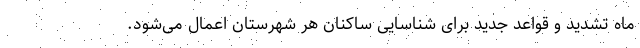
ماه تشدید و قواعد جدید برای شناسایی ساکنان هر شهرستان اعمال می‌شود.